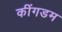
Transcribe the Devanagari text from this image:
कींगडम